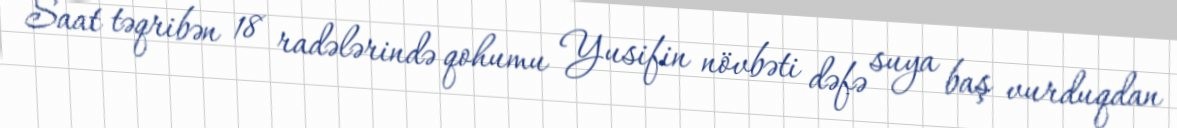
Saat təqribən 18 radələrində qohumu Yusifin növbəti dəfə suya baş vurduqdan